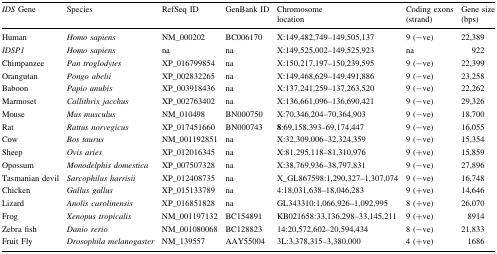
<table><thead><tr><td><b><i>IDS</i> Gene</b></td><td><b>Species</b></td><td><b>RefSeq ID</b></td><td><b>GenBank ID</b></td><td><b>Chromosome location</b></td><td><b>Coding exons (strand)</b></td><td><b>Gene size (bps)</b></td></tr></thead><tbody><tr><td>Human</td><td><i>Homo sapiens</i></td><td>NM_000202</td><td>BC006170</td><td>X:149,482,749–149,505,137</td><td>9 (−ve)</td><td>22,389</td></tr><tr><td><i>IDSP1</i></td><td><i>Homo sapiens</i></td><td>na</td><td>na</td><td>X:149,525,002–149,525,923</td><td>na</td><td>922</td></tr><tr><td>Chimpanzee</td><td><i>Pan troglodytes</i></td><td>XP_016799854</td><td>na</td><td>X:150,217,197–150,239,595</td><td>9 (−ve)</td><td>22,399</td></tr><tr><td>Orangutan</td><td><i>Pongo abelii</i></td><td>XP_002832265</td><td>na</td><td>X:149,468,629–149,491,886</td><td>9 (−ve)</td><td>23,258</td></tr><tr><td>Baboon</td><td><i>Papio anubis</i></td><td>XP_003918436</td><td>na</td><td>X:137,241,259–137,263,520</td><td>9 (−ve)</td><td>22,262</td></tr><tr><td>Marmoset</td><td><i>Callithrix jacchus</i></td><td>XP_002763402</td><td>na</td><td>X:136,661,096–136,690,421</td><td>9 (−ve)</td><td>29,326</td></tr><tr><td>Mouse</td><td><i>Mus musculus</i></td><td>NM_010498</td><td>BN000750</td><td>X:70,346,204–70,364,903</td><td>9 (−ve)</td><td>18,700</td></tr><tr><td>Rat</td><td><i>Rattus norvegicus</i></td><td>XP_017451660</td><td>BN000743</td><td><b>8</b>:69,158,393–69,174,447</td><td>9 (−ve)</td><td>16,055</td></tr><tr><td>Cow</td><td><i>Bos taurus</i></td><td>NM_001192851</td><td>na</td><td>X:32,309,006–32,324,359</td><td>9 (−ve)</td><td>15,354</td></tr><tr><td>Sheep</td><td><i>Ovis aries</i></td><td>XP_012016345</td><td>na</td><td>X:81,295,118–81,310,976</td><td>9 (+ve)</td><td>15,859</td></tr><tr><td>Opossum</td><td><i>Monodelphis domestica</i></td><td>XP_007507328</td><td>na</td><td>X:38,769,936–38,797,831</td><td>9 (−ve)</td><td>27,896</td></tr><tr><td>Tasmanian devil</td><td><i>Sarcophilus harrisii</i></td><td>XP_012408735</td><td>na</td><td>X_GL867598:1,290,327–1,307,074</td><td>9 (−ve)</td><td>16,748</td></tr><tr><td>Chicken</td><td><i>Gallus gallus</i></td><td>XP_015133789</td><td>na</td><td>4:18,031,638–18,046,283</td><td>9 (+ve)</td><td>14,646</td></tr><tr><td>Lizard</td><td><i>Anolis carolinensis</i></td><td>XP_016851828</td><td>na</td><td>GL343310:1,066,926–1,092,995</td><td>8 (+ve)</td><td>26,070</td></tr><tr><td>Frog</td><td><i>Xenopus tropicalis</i></td><td>NM_001197132</td><td>BC154891</td><td>KB021658:33,136,298–33,145,211</td><td>9 (+ve)</td><td>8914</td></tr><tr><td>Zebra fish</td><td><i>Danio rerio</i></td><td>NM_001080068</td><td>BC128823</td><td>14:20,572,602–20,594,434</td><td>8 (−ve)</td><td>21,833</td></tr><tr><td>Fruit Fly</td><td><i>Drosophila melanogaster</i></td><td>NM_139557</td><td>AAY55004</td><td>3L:3,378,315–3,380,000</td><td>4 (+ve)</td><td>1686</td></tr></tbody></table>